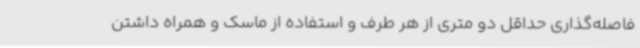
فاصله‌گذاری حداقل دو متری از هر طرف و استفاده از ماسک و همراه داشتن